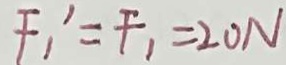
F _ { 1 } ^ { \prime } = F _ { 1 } = 2 0 N